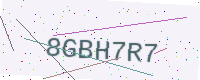
Text: 8GBH7R7